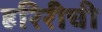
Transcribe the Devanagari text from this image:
हरिरीची